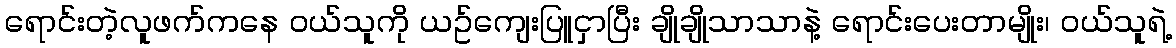
ရောင်းတဲ့လူဖက်ကနေ ၀ယ်သူကို ယဥ်ကျေးပြူငှာပြီး ချိုချိုသာသာနဲ့ ရောင်းပေးတာမျိုး၊ ၀ယ်သူရဲ့